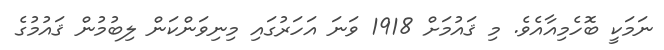
ނަމަކީ ބޮހެމިއާއެވެ. މި ޤައުމަށް 1918 ވަނަ އަހަރުގައި މިނިވަންކަން ލިބުމުން ޤައުމުގެ